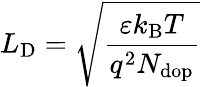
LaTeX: L_{\mathrm{{D}}}={\sqrt{\frac{\varepsilon k_{\mathrm{{B}}}T}{q^{2}N_{\mathrm{{dop}}}}}}